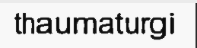
thaumaturgi